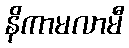
နိကာမလာမီ